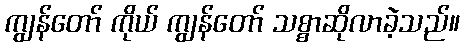
ကျွန်တော် ကိုယ် ကျွန်တော် သစ္စာဆိုလာခဲ့သည်။